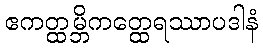
ဧကတ္ထမ္ဘိကတ္ထေရဿာပဒါနံ